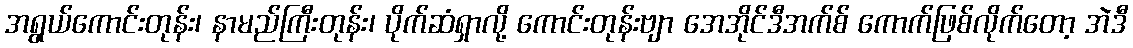
အရွယ်ကောင်းတုန်း၊ နာမည်ကြီးတုန်း၊ ပိုက်ဆံရှာလို့ ကောင်းတုန်းဗျာ အေအိုင်ဒီအက်စ် ကောက်ဖြစ်လိုက်တော့ အဲဒီ